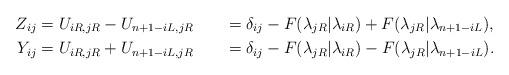
LaTeX: \begin{align*} Z_{ij} &= U_{iR,jR} - U_{n+1-iL,jR} &&= \delta_{ij} - F(\lambda_{jR}|\lambda_{iR}) + F(\lambda_{jR}|\lambda_{n+1-iL}),\\ Y_{ij} &= U_{iR,jR} + U_{n+1-iL,jR} &&= \delta_{ij}- F(\lambda_{jR}|\lambda_{iR}) - F(\lambda_{jR}|\lambda_{n+1-iL}).\end{align*}